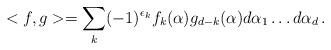
LaTeX: \begin{align*}<f,g> = \sum_{k} (-1)^{\epsilon_{k}} f_{k}(\alpha )g_{d-k}(\alpha ) d\alpha_{1} \dots d\alpha_{d} \, .\end{align*}